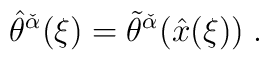
\hat{\theta}^{\check{\alpha}} (\xi)= \tilde{\theta}^{\check{\alpha}} (\hat{x}(\xi)) \; .